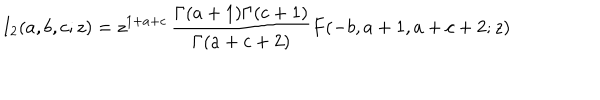
LaTeX: I _ { 2 } ( a , b , c ; z ) = z ^ { 1 + a + c } \, \frac { \Gamma ( a + 1 ) \Gamma ( c + 1 ) } { \Gamma ( a + c + 2 ) } F ( - b , a + 1 , a + c + 2 ; z )